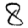
Digit: 8